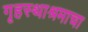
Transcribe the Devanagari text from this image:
गृहस्थाश्रमाचा